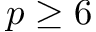
p \geq 6